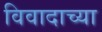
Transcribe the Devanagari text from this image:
विवादाच्या